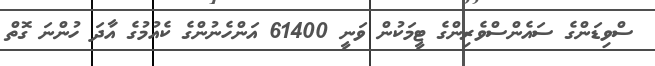
ސްވިޑަންގެ ސައެންސްވެރިންގެ ޓީމަކުން ވަނީ 61400 އަންހެނުންގެ ކެއުމުގެ އާދަ ހުންނަ ގޮތް